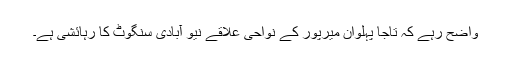
واضح رہے کہ تاجا پہلوان میرپور کے نواحی علاقے نیو آبادی سنگوٹ کا رہائشی ہے۔